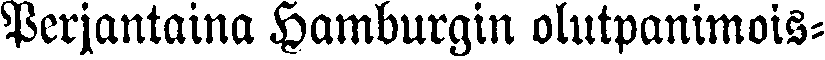
Perjantaina Hamburgin olutpanimois-